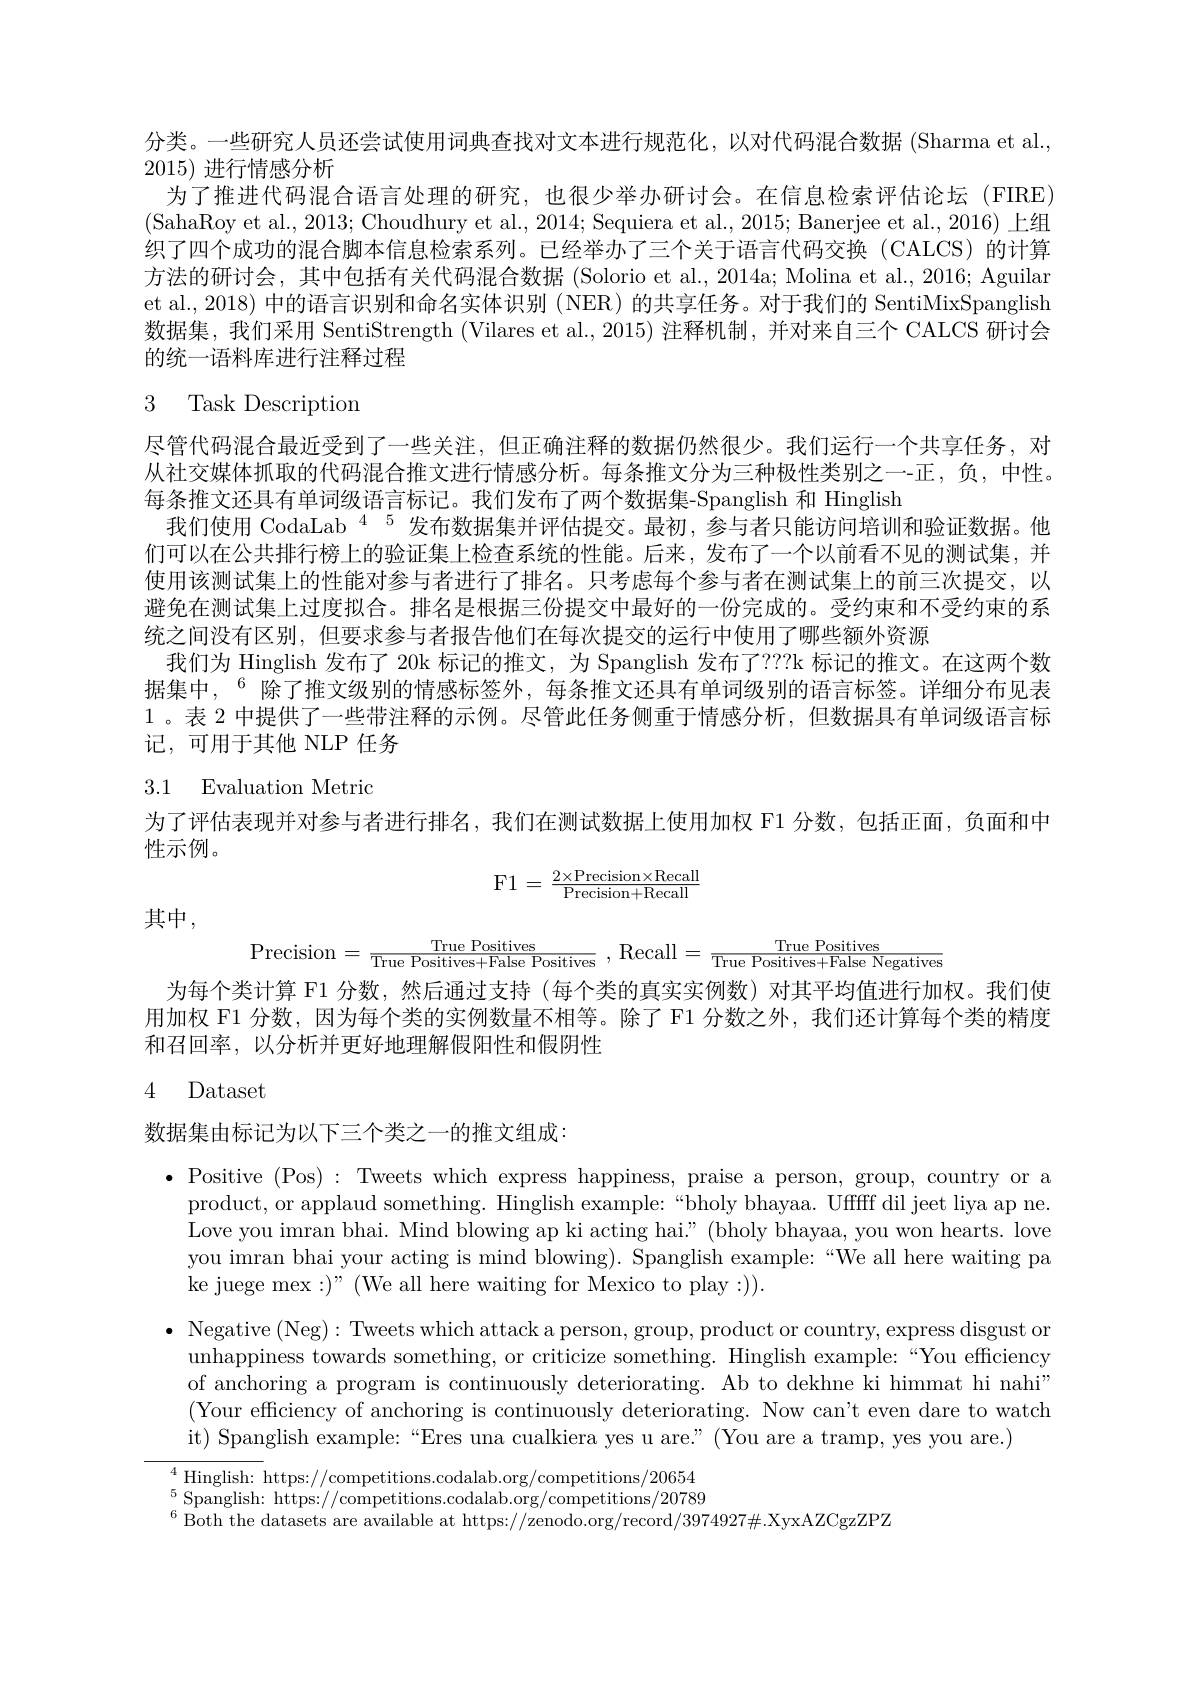
分类。一些研究人员还尝试使用词典查找对文本进行规范化，以对代码混合数据 (Sharma et al.,
2015)进行情感分析
为了推进代码混合语言处理的研究，也很少举办研讨会。在信息检索评估论坛(FIRE) (SahaRoy et al., 2013; Choudhury et al., 2014; Sequiera et al., 2015; Banerjee et al., 2016) 上组织了四个成功的混合脚本信息检索系列。已经举办了三个关于语言代码交换(CALCS)的计算方法的研讨会，其中包括有关代码混合数据 (Solorio et al., 2014a; Molina et al., 2016; Aguilar et al., 2018) 中的语言识别和命名实体识别 (NER) 的共享任务。对于我们的 SentiMixSpanglish 数据集，我们采用 SentiStrength (Vilares et al., 2015) 注释机制，并对来自三个 CALCS 研讨会的统一语料库进行注释过程

# 3 Task Description

尽管代码混合最近受到了一些关注，但正确注释的数据仍然很少。我们运行一个共享任务，对从社交媒体抓取的代码混合推文进行情感分析。每条推文分为三种极性类别之一-正，负，中性。每条推文还具有单词级语言标记。我们发布了两个数据集-Spanglish 和 Hinglish
我们使用 CodaLab $^{45}$发布数据集并评估提交。最初，参与者只能访问培训和验证数据。他们可以在公共排行榜上的验证集上检查系统的性能。后来，发布了一个以前看不见的测试集，并使用该测试集上的性能对参与者进行了排名。只考虑每个参与者在测试集上的前三次提交，以避免在测试集上过度拟合。排名是根据三份提交中最好的一份完成的。受约束和不受约束的系统之间没有区别，但要求参与者报告他们在每次提交的运行中使用了哪些额外资源
我们为 Hinglish 发布了 20k 标记的推文，为 Spanglish 发布了？??k 标记的推文。在这两个数据集中，$^{6}$除了推文级别的情感标签外，每条推文还具有单词级别的语言标签。详细分布见表1。表 2 中提供了一些带注释的示例。尽管此任务侧重于情感分析，但数据具有单词级语言标记，可用于其他 NLP 任务

## 3.1 Evaluation Metric

为了评估表现并对参与者进行排名，我们在测试数据上使用加权 F1 分数，包括正面，负面和中

性示例。
$$\mathrm{F1}=\frac{2\times\mathrm{Precision}\times\mathrm{Recall}}{\mathrm{Precision}+\mathrm{Recall}}$$
其中，
$$\text{Precision}=\frac{\text{True Positives}}{\text{True Positives}+\text{False Positives}},\text{Recall}=\frac{\text{True Positives}}{\text{True Positives}+\text{False Negatives}}$$
为每个类计算 F1 分数，然后通过支持 (每个类的真实实例数)对其平均值进行加权。我们使用加权 F1 分数，因为每个类的实例数量不相等。除了 F1 分数之外，我们还计算每个类的精度和召回率，以分析并更好地理解假阳性和假阴性

### 4 Dataset

数据集由标记为以下三个类之一的推文组成：

$\bullet$ Positive (Pos): Tweets which express happiness, praise a person, group, country or a
product, or applaud something. Hinglish example:“bholy bhayaa. Ufffff dil jeet liya ap ne. Love you imran bhai. Mind blowing ap ki acting hai? (bholy bhayaa, you won hearts. love you imran bhai your acting is mind blowing). Spanglish example:“We all here waiting pa ke juege mex:)" (We all here waiting for Mexico to play :)).
$\bullet$ Negative (Neg): Tweets which attack a person, group, product or country, express disgust or
unhappiness towards something, or criticize something. Hinglish example:“You efficiency of anchoring a program is continuously deteriorating. Ab to dekhne ki himmat hi nahi" (Your efficiency of anchoring is continuously deteriorating. Now can't even dare to watch it) Spanglish example:“Eres una cualkiera yes u are.”(You are a tramp, yes you are.)
4Hinglish: https: / / competitions. codalab. org/ competitions/ 20654 5 Cor $_{\mathrm{c}}^{5}$Spanglish: https://competitions.codalab.org/competitions/20789

$^{6}\hat{\text{Both the datasets are available at https:}}//\bar{\text{zenodo.org/record/3974927\#.}}$XyxAZCgzZPZ